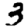
Digit: 3